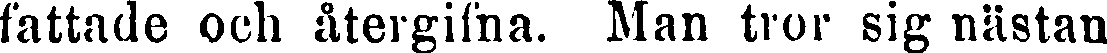
fattade och ätergifna. Man tror sig nästan